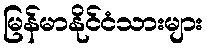
မြန်မာနိုင်ငံသားများ